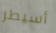
أسيطر